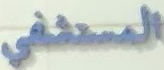
المستشفى